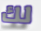
لك